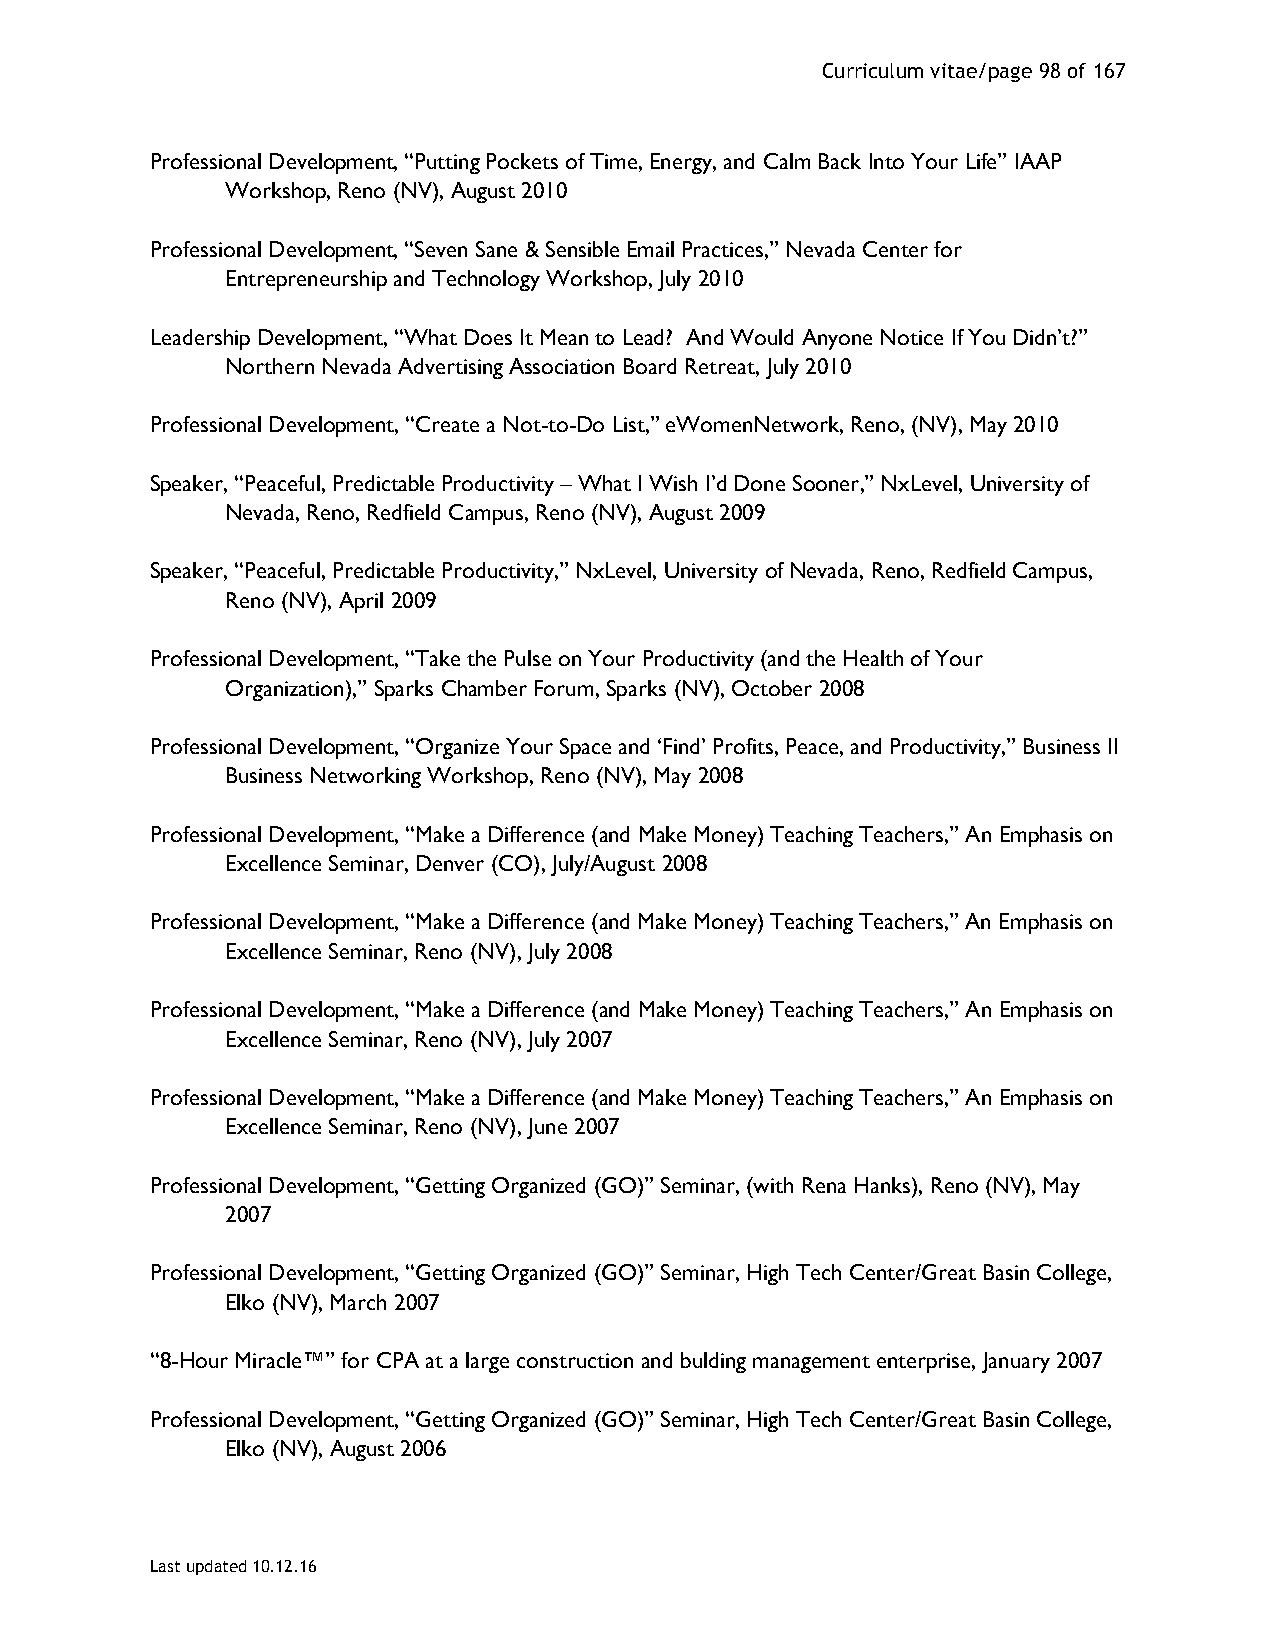
Curriculum vitae/page 98 of 167
 Professional Development, “Putting Pockets of Time, Energy, and Calm Back Into Your Life” IAAP
 Workshop, Reno (NV), August 2010
 Professional Development, “Seven Sane & Sensible Email Practices,” Nevada Center for
 Entrepreneurship and Technology Workshop, July 2010
 Leadership Development, “What Does It Mean to Lead? And Would Anyone Notice If You Didn’t?”
 Northern Nevada Advertising Association Board Retreat, July 2010
 Professional Development, “Create a Not-to-Do List,” eWomenNetwork, Reno, (NV), May 2010
 Speaker, “Peaceful, Predictable Productivity – What I Wish I’d Done Sooner,” NxLevel, University of
 Nevada, Reno, Redfield Campus, Reno (NV), August 2009
 Speaker, “Peaceful, Predictable Productivity,” NxLevel, University of Nevada, Reno, Redfield Campus,
 Reno (NV), April 2009
 Professional Development, “Take the Pulse on Your Productivity (and the Health of Your
 Organization),” Sparks Chamber Forum, Sparks (NV), October 2008
 Professional Development, “Organize Your Space and ‘Find’ Profits, Peace, and Productivity,” Business II
 Business Networking Workshop, Reno (NV), May 2008
 Professional Development, “Make a Difference (and Make Money) Teaching Teachers,” An Emphasis on
 Excellence Seminar, Denver (CO), July/August 2008
 Professional Development, “Make a Difference (and Make Money) Teaching Teachers,” An Emphasis on
 Excellence Seminar, Reno (NV), July 2008
 Professional Development, “Make a Difference (and Make Money) Teaching Teachers,” An Emphasis on
 Excellence Seminar, Reno (NV), July 2007
 Professional Development, “Make a Difference (and Make Money) Teaching Teachers,” An Emphasis on
 Excellence Seminar, Reno (NV), June 2007
 Professional Development, “Getting Organized (GO)” Seminar, (with Rena Hanks), Reno (NV), May
 2007
 Professional Development, “Getting Organized (GO)” Seminar, High Tech Center/Great Basin College,
 Elko (NV), March 2007
 “8-Hour Miracle™” for CPA at a large construction and bulding management enterprise, January 2007
 Professional Development, “Getting Organized (GO)” Seminar, High Tech Center/Great Basin College,
 Elko (NV), August 2006
 Last updated 10.12.16